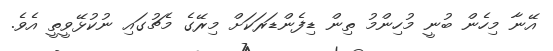
އޭނާ މިހެން ބުނީ މުހިންމު ތިން ޑިފެންޑަރަކަށް މިރޭގެ މެޗުގައި ނުކުޅޭވީތީ އެވެ.